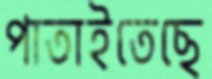
পাতাইতেছে